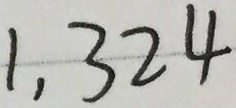
1 , 3 2 4